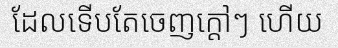
ដែលទើបតែចេញក្តៅៗ ហើយ